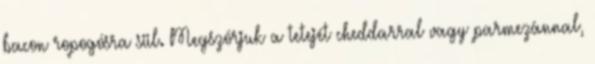
bacon ropogósra sül. Megszórjuk a tetejét cheddarral vagy parmezánnal,